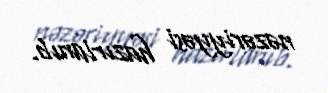
nəzəriyyəsi hazırlanıb.